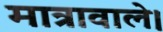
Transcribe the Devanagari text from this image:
मात्रावाले।